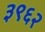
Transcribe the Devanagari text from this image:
३९६२